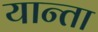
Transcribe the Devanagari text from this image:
यान्ता